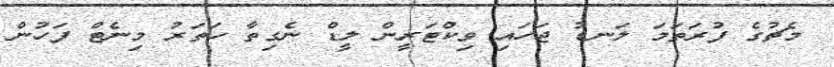
މެޗުގެ ފުރަތަމަ ލަނޑު ޖަހައި ވިކްޓަރީން ލީޑް ނެގިތާ ހަތަރު މިނެޓް ފަހުން